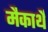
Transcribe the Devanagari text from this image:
मैकार्थे